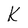
Character: K